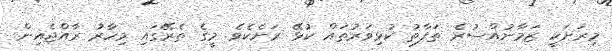
މިރަށަކީ ޒަމާނުއްސުރެ ތަފާތު ކުޅިވަރުތައް ކުޅޭ ރަށެކެވެ. މީގެ ތެރޭގައި މިހާރު ރާއްޖެއިން